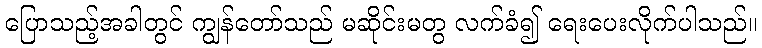
ပြောသည့်အခါတွင် ကျွန်တော်သည် မဆိုင်းမတွ လက်ခံ၍ ရေးပေးလိုက်ပါသည်။